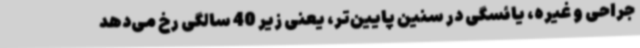
جراحی و غیره، یائسگی در سنین پایین‌تر، یعنی زیر 40 سالگی رخ می‌دهد